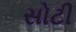
સોટી